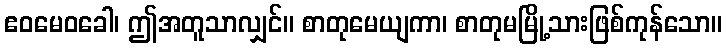
ဧဝမေဝခေါ၊ ဤအတူသာလျှင်။ စာတုမေယျကာ၊ စာတုမမြို့သားဖြစ်ကုန်သော။